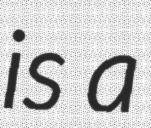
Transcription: is a